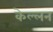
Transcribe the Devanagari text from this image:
केल्लन